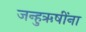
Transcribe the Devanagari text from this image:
जन्हुऋषींना